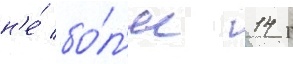
н'е́ бо́л'ее 14 г